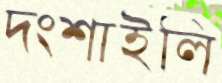
দংশাইলি